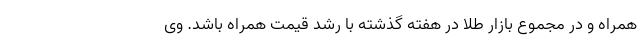
همراه و در مجموع بازار طلا در هفته گذشته با رشد قیمت همراه باشد. وی